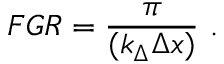
F G R = \frac { \pi } { ( k _ { \Delta } \Delta x ) } \ .